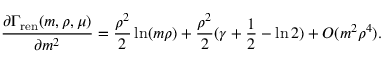
{ \frac { \partial \Gamma _ { \mathrm { r e n } } ( m , \rho , \mu ) } { \partial m ^ { 2 } } } = { \frac { \rho ^ { 2 } } { 2 } } \ln ( m \rho ) + { \frac { \rho ^ { 2 } } { 2 } } ( \gamma + { \frac { 1 } { 2 } } - \ln 2 ) + { \cal O } ( m ^ { 2 } \rho ^ { 4 } ) .